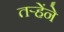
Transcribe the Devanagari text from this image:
तऱ्हेंने